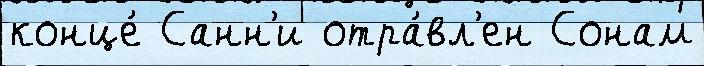
конце́ Санн'и отра́вл'ен Сонам